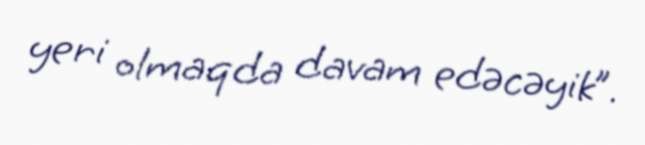
yeri olmaqda davam edəcəyik”.